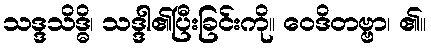
သဒ္ဒသိဒ္ဓိ၊ သဒ္ဒါ၏ပြီးခြင်းကို။ ဝေဒိတဗ္ဗာ၊ ၏။